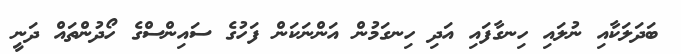
ބަދަލަކާއި ނުލައި ހިނގާފައި އަދި ހިނގަމުން އަންނަކަން ފަހުގެ ސައިންސްގެ ހޯދުންތައް ދަނީ